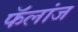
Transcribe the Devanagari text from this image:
फॅलांज